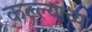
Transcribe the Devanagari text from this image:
कल्ल्यांच्या